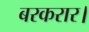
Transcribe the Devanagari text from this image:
बरकरार।